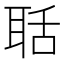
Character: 聒